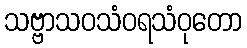
သဗ္ဗာသဝသံဝရသံဝုတော